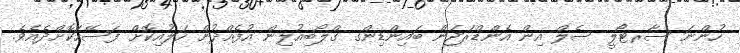
ހުންނަ ސާރޓޯލީ ސެލް އިން އެންޑްރަޖަން ބައިންޑިންގ ގްލޯބިއުލިން އުފެއްދުން ހަލުއިކޮށް ފަސޭހަކޮށްދެއެވެ.